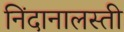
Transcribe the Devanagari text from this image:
निंदानालस्ती